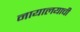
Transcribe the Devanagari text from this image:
नायालयाची